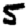
Digit: 5